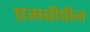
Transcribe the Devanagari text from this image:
एमबीपीज